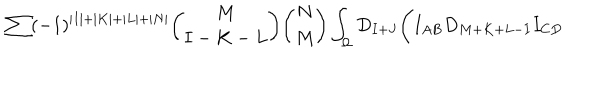
\sum ( - 1 ) ^ { \vert I \vert + \vert K \vert + \vert L \vert + \vert N \vert } { \binom { M } { I - K - L } } { \binom { N } { M } } \int _ { \Omega } D _ { I + J } \Biggl ( I _ { A B } D _ { M + K + L - I } I _ { C D }